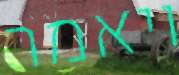
ויאמר